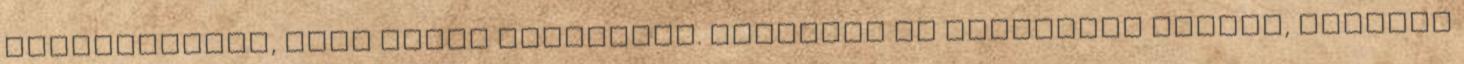
önbecsülésük, vagy éppen önérzetük. Legalább is Altbacker Vilmos, Miklósi